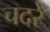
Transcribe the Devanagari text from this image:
चदरें